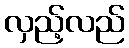
လှည့်လည်